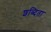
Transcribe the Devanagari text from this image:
शब्दिता